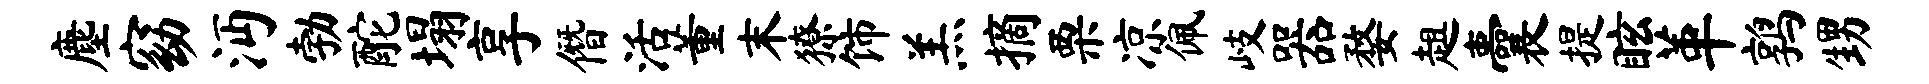
麈窈沔勃酡塌享僭活董末獠饰羔摘栗凉佩岐器婺趄囊提眩革鹑甥